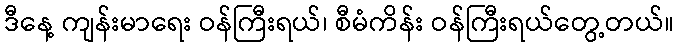
ဒီနေ့ ကျန်းမာရေး ဝန်ကြီးရယ်၊ စီမံကိန်း ဝန်ကြီးရယ်တွေ့တယ်။